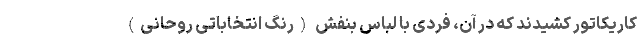
کاریکاتور کشیدند که در آن، فردی با لباس بنفش (رنگ انتخاباتی روحانی)